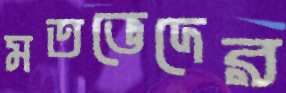
মতভেদের